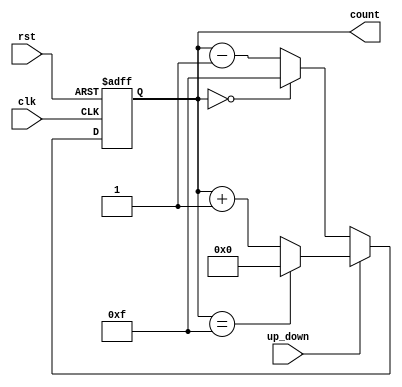
module UpDownCounter (
    input wire clk,           // Clock signal
    input wire rst,           // Asynchronous reset signal
    input wire up_down,       // Up/Down control signal
    output reg [3:0] count    // 4-bit binary count output
);

    // Define the maximum count value for a 4-bit counter
    parameter MAX_COUNT = 4'b1111; // 15 in decimal for a 4-bit counter
    parameter MIN_COUNT = 4'b0000; // 0 in decimal for a 4-bit counter

    // Sequential logic for counter operation
    always @(posedge clk or posedge rst) begin
        if (rst) begin
            // Asynchronous reset
            count <= MIN_COUNT; // Reset count to 0
        end else begin
            // Count up or down based on up_down signal
            if (up_down) begin
                // Count up
                if (count == MAX_COUNT) begin
                    count <= MIN_COUNT; // Wrap around to 0
                end else begin
                    count <= count + 1; // Increment count
                end
            end else begin
                // Count down
                if (count == MIN_COUNT) begin
                    count <= MAX_COUNT; // Wrap around to MAX_COUNT
                end else begin
                    count <= count - 1; // Decrement count
                end
            end
        end
    end

endmodule